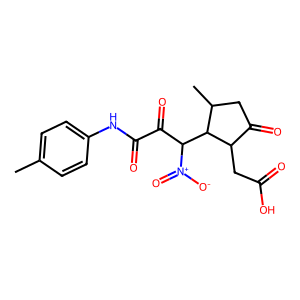
SMILES: Cc1ccc(NC(=O)C(=O)C(C2C(C)CC(=O)C2CC(=O)O)[N+](=O)[O-])cc1
Inhibits HIV replication: No